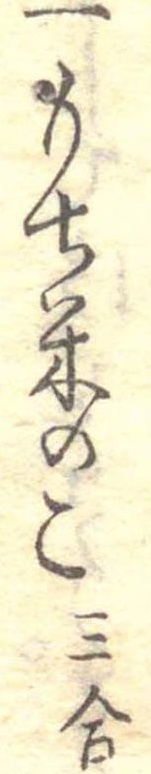
一もち米のこ三合